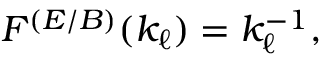
\begin{array} { r } { F ^ { ( E / B ) } ( k _ { \ell } ) = k _ { \ell } ^ { - 1 } , } \end{array}